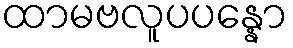
ထာမဗလူပပန္နော